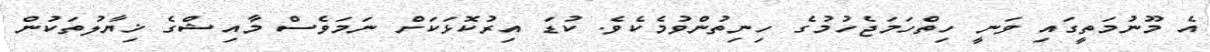
އެ މޫނުމަތީގައި ވަނީ ހިތްހަމަޖެހުމުގެ ހިނިތުންވުމެކެވެ. ކުޑަ އިރުކޮޅަކަށް ނަމަވެސް މާއިޝްގެ ޚިޔާލުތަކުން